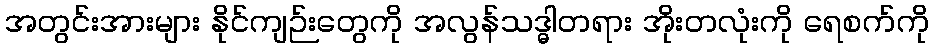
အတွင်းအားများ နိုင်ကျဉ်းတွေကို အလွန်သဒ္ဓါတရား အိုးတလုံးကို ရေစက်ကို